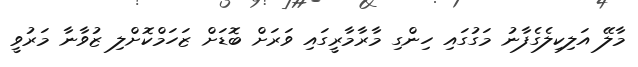
މާލޭ އަލިކިލެގެފާނު މަގުގައި ހިންގި މާރާމާރީގައި ވަރަށް ބޮޑަށް ޒަހަމްކޮށްލި ޒުވާނާ މަރުވީ